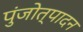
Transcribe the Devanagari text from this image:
पुंजोत्पादन